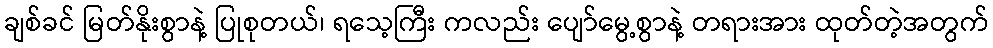
ချစ်ခင် မြတ်နိုးစွာနဲ့ ပြုစုတယ်၊ ရသေ့ကြီး ကလည်း ပျော်မွေ့စွာနဲ့ တရားအား ထုတ်တဲ့အတွက်